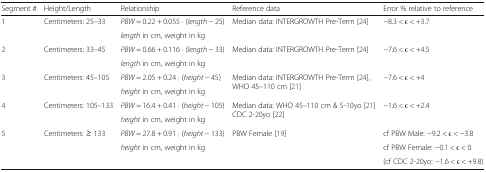
| Segment # | Height/Length | Relationship | Reference data | Error % relative to reference |
 | --- | --- | --- | --- | --- |
 | <ROWSPAN=2> 1 | <ROWSPAN=2> Centimeters: 25–33 | PBW = 0.22 + 0.055 ⋅ (length − 25) | <ROWSPAN=2> Median data: INTERGROWTH Pre-Term [24] | <ROWSPAN=2> −8.3 < ε < +3.7 |
 | length in cm, weight in kg |
 | <ROWSPAN=2> 2 | <ROWSPAN=2> Centimeters: 33–45 | PBW = 0.66 + 0.116 ⋅ (length − 33) | <ROWSPAN=2> Median data: INTERGROWTH Pre-Term [24] | <ROWSPAN=2> −7.6 < ε < +4.5 |
 | length in cm, weight in kg |
 | <ROWSPAN=2> 3 | <ROWSPAN=2> Centimeters: 45–105 | PBW = 2.05 + 0.24 ⋅ (height − 45) | <ROWSPAN=2> Median data: INTERGROWTH Pre-Term [24], WHO 45–110 cm [21] | <ROWSPAN=2> −7.6 < ε < +4 |
 | height in cm, weight in kg |
 | <ROWSPAN=2> 4 | <ROWSPAN=2> Centimeters: 105–133 | PBW = 16.4 + 0.41 ⋅ (height − 105) | <ROWSPAN=2> Median data: WHO 45–110 cm & 5-10yo [21] CDC 2-20yo [22] | <ROWSPAN=2> −1.6 < ε < +2.4 |
 | height in cm, weight in kg |
 | <ROWSPAN=3> 5 | <ROWSPAN=3> Centimeters: ≥ 133 | PBW = 27.8 + 0.91 ⋅ (height − 133) | <ROWSPAN=3> PBW Female [19] | cf PBW Male: −9.2 < ε < −3.8 |
 | <ROWSPAN=2> height in cm, weight in kg | cf PBW Female: −0.1 < ε < 0 |
 | (cf CDC 2-20yo: −1.6 < ε < +9.8) |